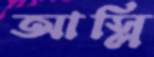
আস্‌লি